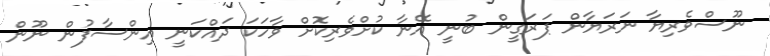
ނޫސްވެރިޔާ ނަރަޔާން ޕަރަގީން ބުނީ އޭނާ ކުށްވެރިކޮށް ވާހަކަ ދައްކަނީ އިންސާފުން ނޫން